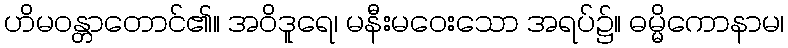
ဟိမဝန္တာတောင်၏။ အဝိဒူရေ၊ မနီးမဝေးသော အရပ်၌။ ဓမ္မိကောနာမ၊